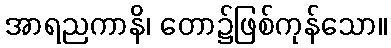
အာရညကာနိ၊ တော၌ဖြစ်ကုန်သော။